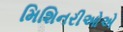
મિશિનરીઓએ